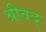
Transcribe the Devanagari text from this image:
श्रीवद्‌